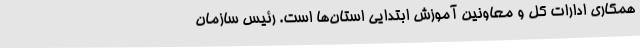
همکاری ادارات کل و معاونین آموزش ابتدایی استان‌ها است. رئیس سازمان